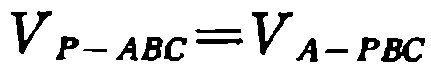
\(V_{P - ABC}=V_{A - PBC}\)